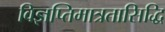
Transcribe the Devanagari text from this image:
विज्ञप्तिमात्रतासिद्धि